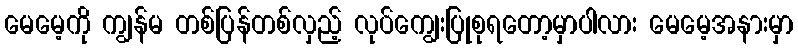
မေမေ့ကို ကျွန်မ တစ်ပြန်တစ်လှည့် လုပ်ကျွေးပြုစုရတော့မှာပါလား မေမေ့အနားမှာ